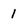
Character: 1